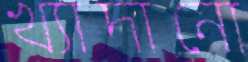
খ্যাদানো